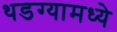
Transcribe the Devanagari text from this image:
थडग्यामध्ये